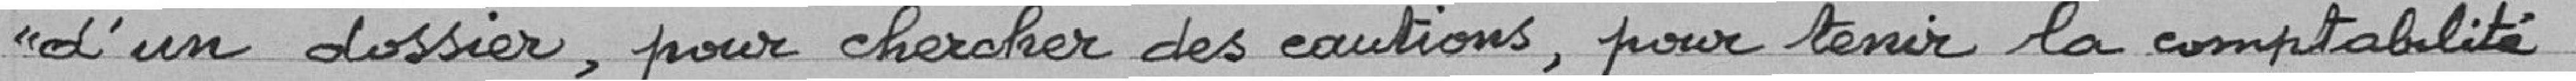
"d'un dossier, pour chercher des cautions, pour tenir la comptabilité.